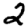
Digit: 2